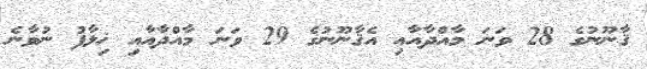
ޤާނޫނުގެ 28 ވަނަ މާއްދާއާއި އެޤާނޫނުގެ 29 ވަނަ މާއްދާއާއި ޚިލާފު ނުވާނެ